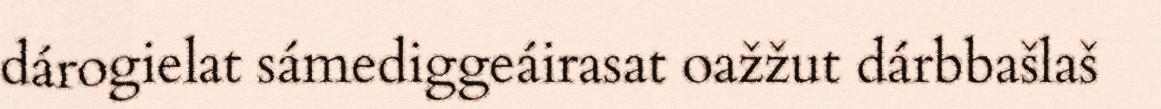
dárogielat sámediggeáirasat oažžut dárbbašlaš